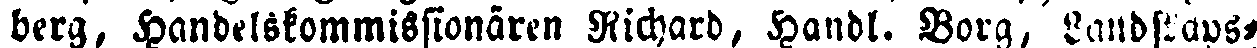
berg, Handelskommissionären Richard, Handl. Borg, Landskans-